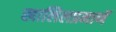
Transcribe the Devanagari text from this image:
खालिलप्रमाणॅ